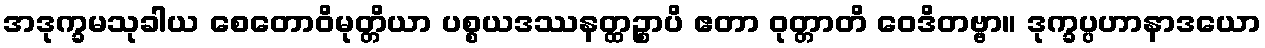
အဒုက္ခမသုခါယ စေတောဝိမုတ္တိယာ ပစ္စယဒဿနတ္ထဉ္စာပိ ဧတာ ဝုတ္တာတိ ဝေဒိတဗ္ဗာ။ ဒုက္ခပ္ပဟာနာဒယော